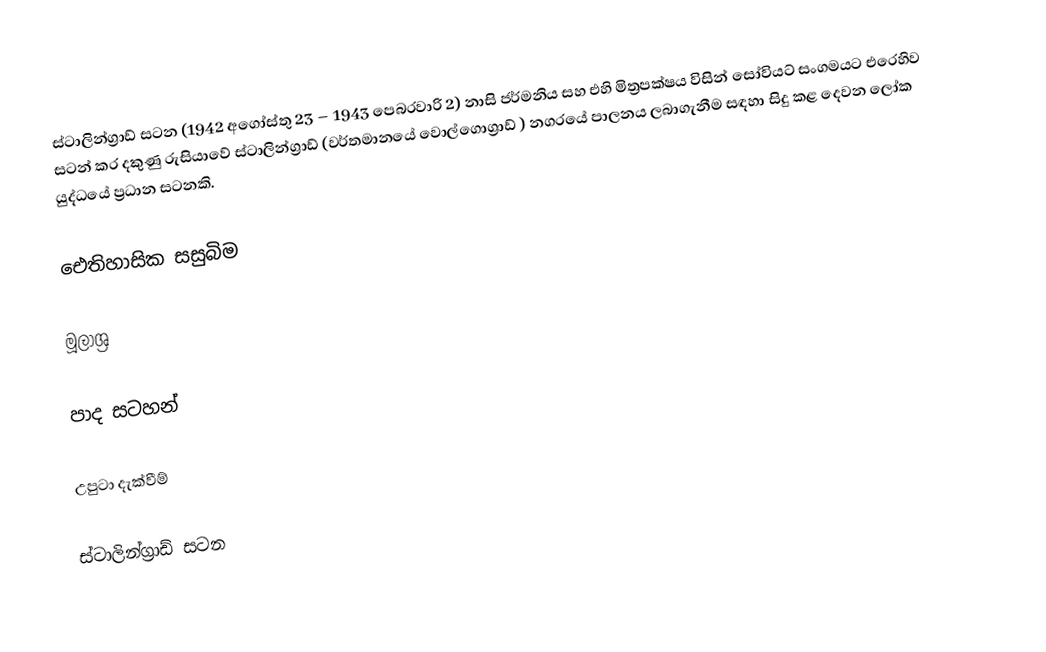
ස්ටාලින්ග්‍රාඩ් සටන (1942 අගෝස්තු 23 – 1943 පෙබරවාරි 2) නාසි ජර්මනිය සහ එහි මිත්‍රපක්ෂය විසින් සෝවියට් සංගමයට එරෙහිව සටන් කර දකුණු රුසියාවේ ස්ටාලින්ග්‍රාඩ් (වර්තමානයේ  වොල්ගොග්‍රාඩ් ) නගරයේ පාලනය ලබාගැනීම සඳහා සිදු කළ දෙවන ලෝක යුද්ධයේ ප්‍රධාන සටනකි.

ඓතිහාසික සසුබිම

මූලාශ්‍ර

පාද සටහන්

උපුටා දැක්වීම්

ස්ටාලින්ග්‍රාඩ් සටන